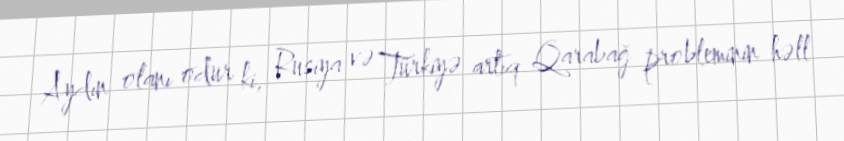
Aydın olanı odur ki, Rusiya və Türkiyə artıq Qarabağ probleminin həll